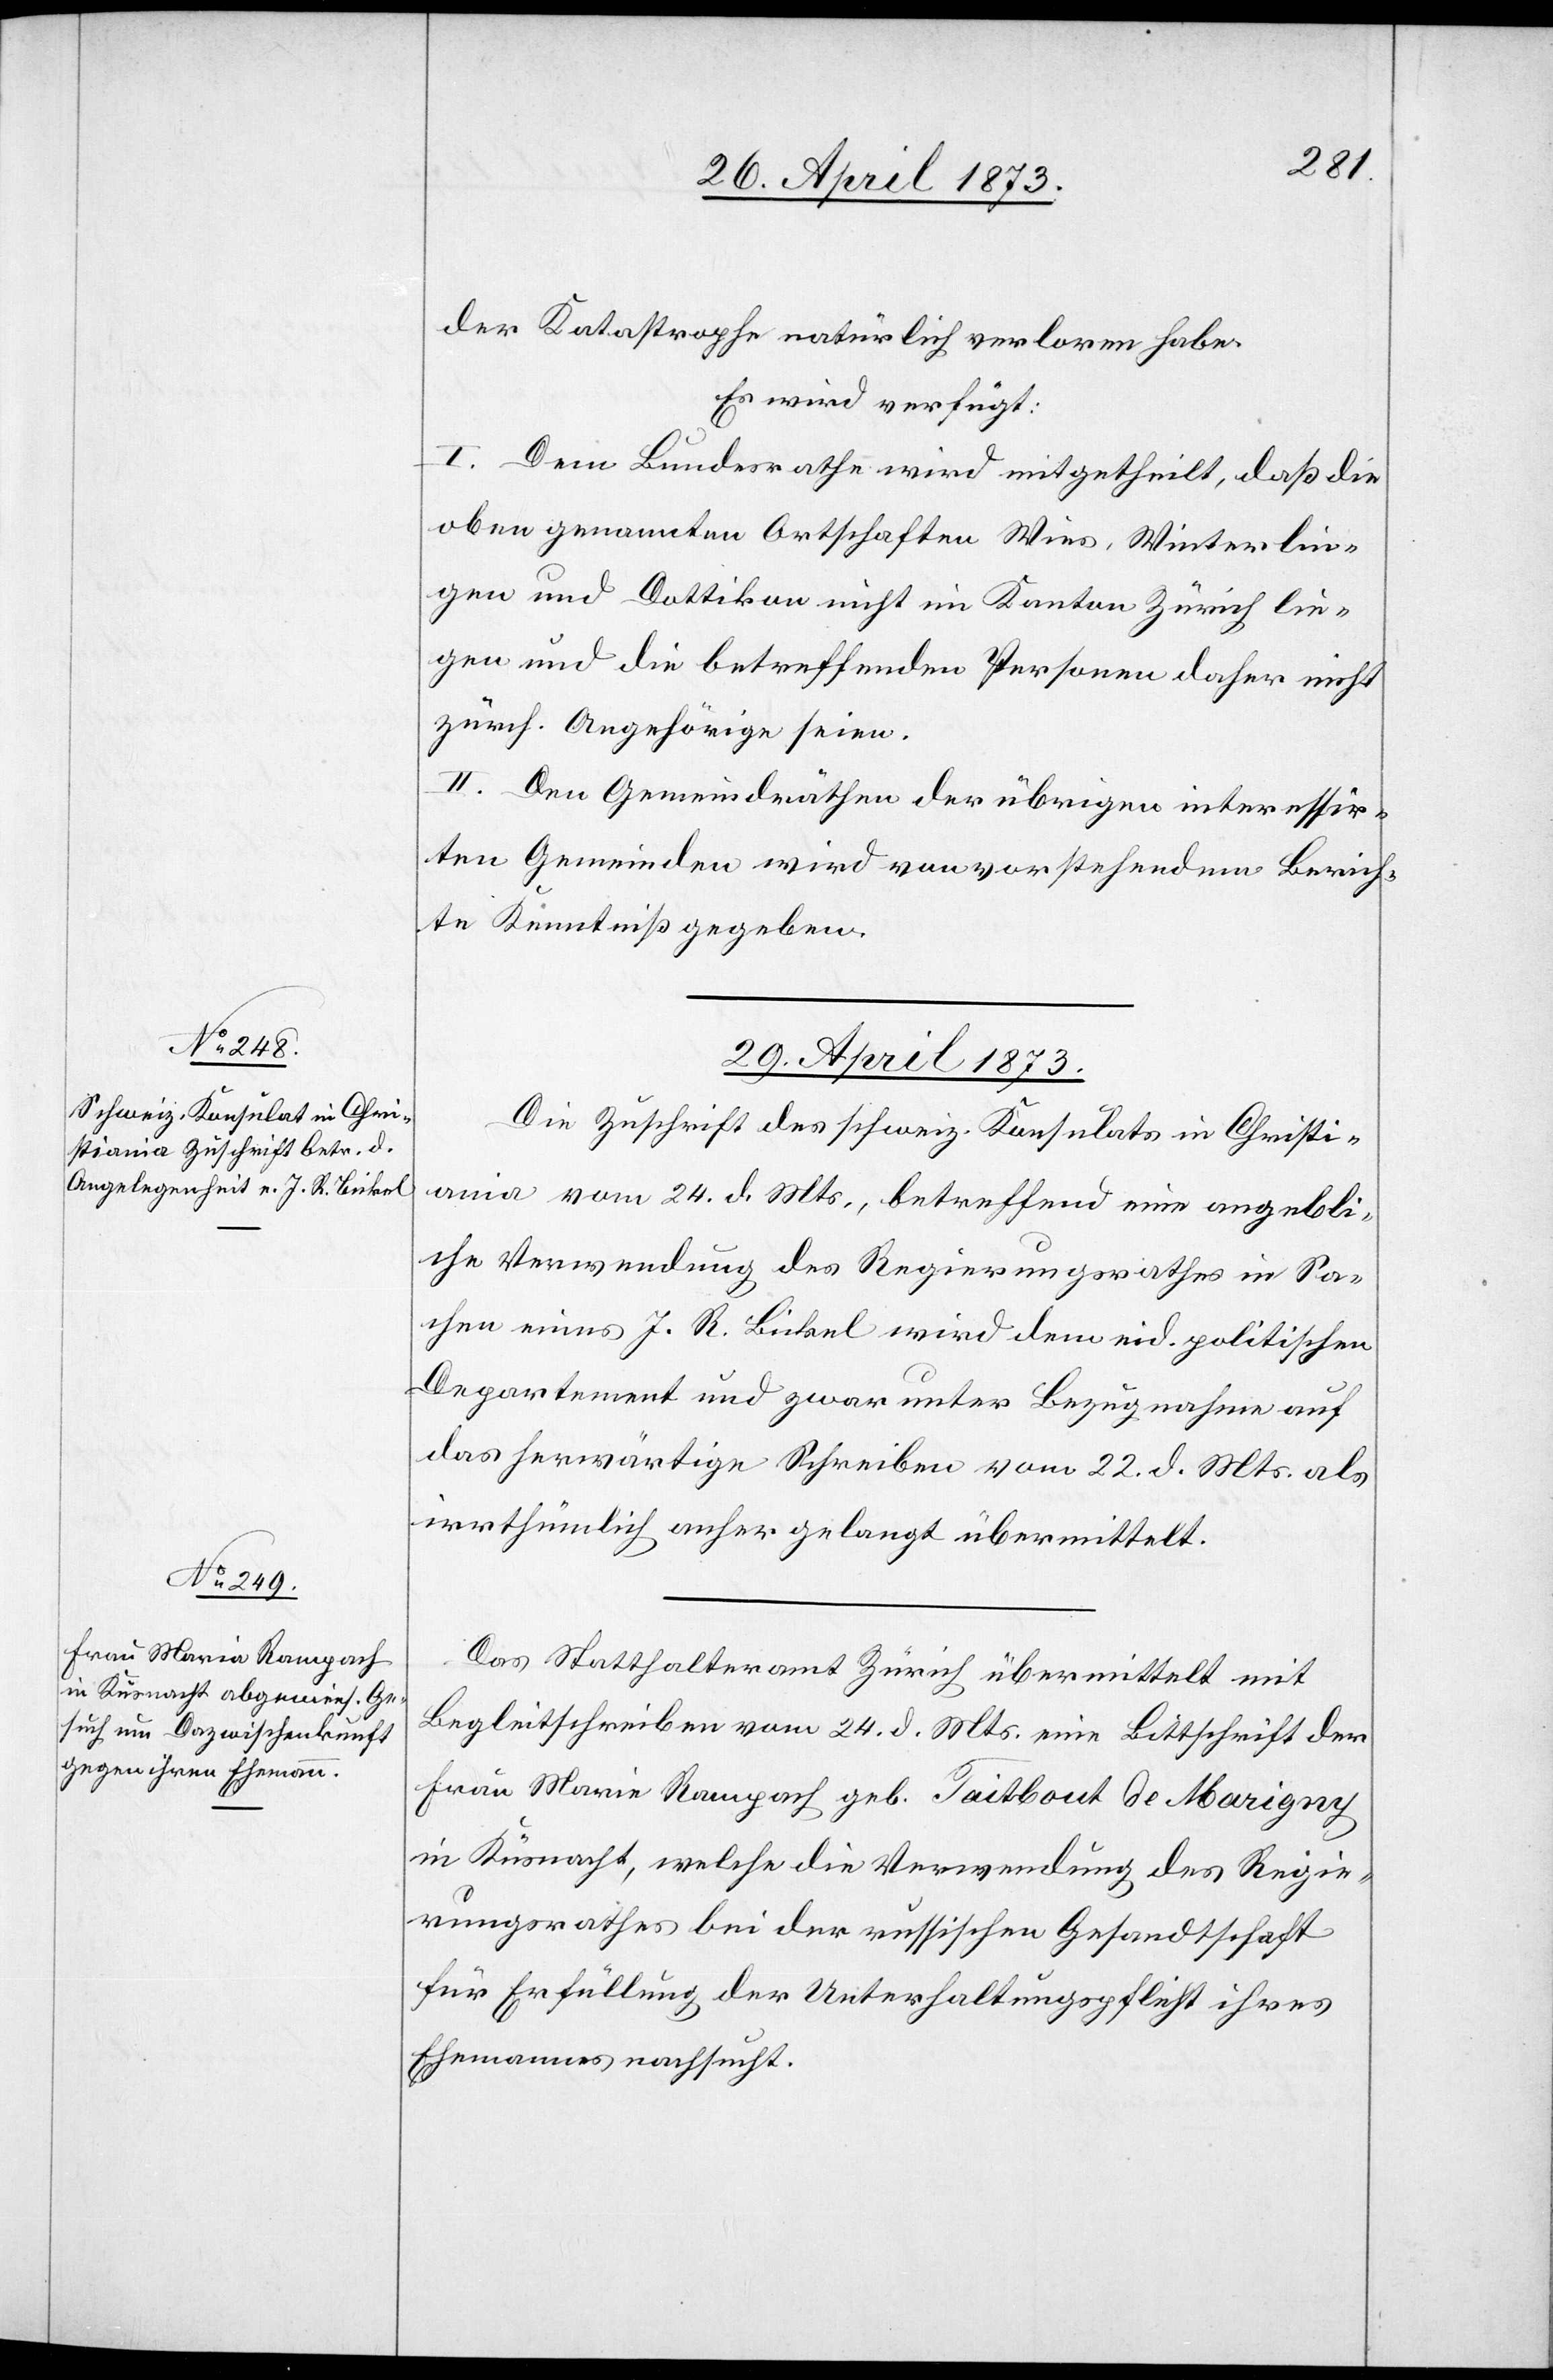
der Katastrophe natürlich verloren habe.
Es wird verfügt:
I. Dem Bundesrathe wird mitgetheilt, daß die
oben genannten Ortschaften Wies, Winterlin¬
gen und Dottikon nicht im Kanton Zürich lie¬
gen und die betreffenden Personen daher nicht
zürch. Angehörige seien.
II. Den Gemeindräthen der übrigen interessir¬
ten Gemeinden wird von vorstehendem Berich¬
te Kenntniß gegeben.
29. April 1873]
Die Zuschrift des schweiz. Konsulats in Christi¬
ania vom 24. d. Mts., betreffend eine angebli¬
che Verwendung des Regierungsrathes in Sa¬
chen eines J. R. Bickel wird dem eid. politischen
Departement und zwar unter Bezugnahme auf
das herwärtige Schreiben vom 22. d. Mts. als
irrthümlich anhergelangt übermittelt.
Das Statthalteramt Zürich übermittelt mit
Begleitschreiben vom 24. d. Mts. eine Bittschrift der
Frau Marie [sic!] Rampach geb. Taitbout de Marigny
in Küsnacht, welche die Verwendung des Regie¬
rungsrathes bei der russischen Gesandtschaft
für Erfüllung der Unterhaltungspflicht ihres
Ehemannes nachsucht.